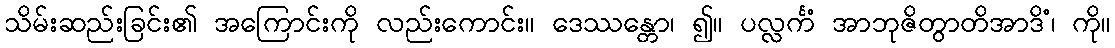
သိမ်းဆည်းခြင်း၏ အကြောင်းကို လည်းကောင်း။ ဒေဿန္တော၊ ၍။ ပလ္လင်္ကံ အာဘုဇိတွာတိအာဒိံ၊ ကို။